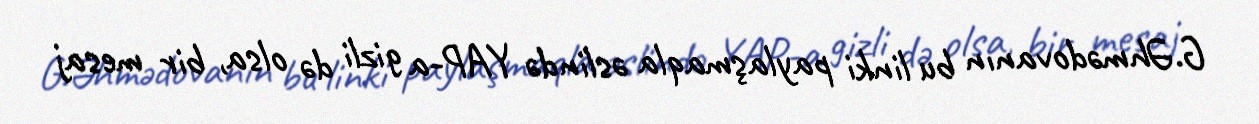
G.Əhmədovanın bu linki paylaşmaqla əslində YAP-a gizli də olsa, bir mesaj